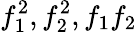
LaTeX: f_{1}^{2},f_{2}^{2},f_{1}f_{2}